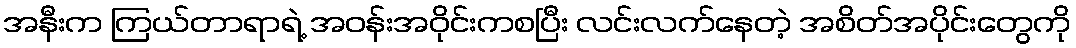
အနီးက ကြယ်တာရာရဲ့ အဝန်းအဝိုင်းကစပြီး လင်းလက်နေတဲ့ အစိတ်အပိုင်းတွေကို